Scientific memoirs by medical officers of the Army of India - Part XI,
Year: 1898
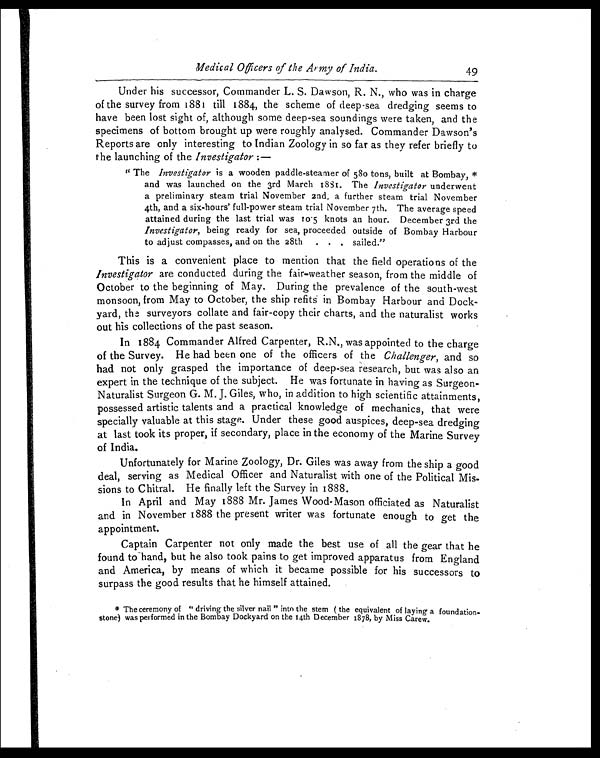
Medical Officers of the Army of India.
49
Under his successor, Commander L. S. Dawson, R. N., who was in charge
of the survey from 1881 till 1884, the scheme of deep-sea dredging seems to
have been lost sight of, although some deep-sea soundings were taken, and the
specimens of bottom brought up were roughly analysed. Commander Dawson's
Reports are only interesting to Indian Zoology in so far as they refer briefly to
the launching of the Investigator : —
"The Investigator is a wooden paddle-steamer of 580 tons, built at Bombay, *
and was launched on the 3rd March 1881. The Investigator underwent
a preliminary steam trial November 2nd, a further steam trial November
4th, and a six-hours' full-power steam trial November 7th. The average speed
attained during the last trial was 10.5 knots an hour. December 3rd the
Investigator, being ready for sea, proceeded outside of Bombay Harbour
to adjust compasses, and on the 28th. . . sailed."
This is a convenient place to mention that the field operations of the
Investigator are conducted during the fair-weather season, from the middle of
October to the beginning of May. During the prevalence of the south-west
monsoon, from May to October, the ship refits in Bombay Harbour and Dock-
yard, the surveyors collate and fair-copy their charts, and t
out his collections of the past season.
In 1884 Commander Alfred Carpenter, R.N., was appointed to the charge
of the Survey. He had been one of the officers of the Challenger, and so
had not only grasped the importance of deep-sea research, but was also an
expert in the technique of the subject. He was fortunate in having as Surgeon-
Naturalist Surgeon G. M. J. Giles, who, in addition to high scientific attainments,
possessed artistic talents and a practical knowledge of mechanics, that were
specially valuable at this stage. Under these good auspices, deep-sea dredging
at last took its proper, if secondary, place in the economy of the Marine Survey
of India.
Unfortunately for Marine Zoology, Dr. Giles was away from the ship a good
deal, serving as Medical Officer and Naturalist with one of the Political Mis-
sions to Chitral. He finally left the Survey in 1888.
In April and May 1888 Mr. James Wood-Mason officiated as Naturalist
and in November 1888 the present writer was fortunate enough to get the
appointment.
Captain Carpenter not only made the best use of all the gear that he
found to hand, but he also took pains to get improved apparatus from England
and America, by means of which it became possible for his successors to
surpass the good results that he himself attained.
*The ceremony of "driving the silver nail" into the stem (the equivalent of laying a foundation-
stone) was performed in the Bombay Dockyard on the 14th December 1878, by Miss Carew.